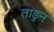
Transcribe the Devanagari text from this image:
ताडुन